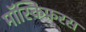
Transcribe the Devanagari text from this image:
मॉस्किफ़रस